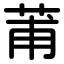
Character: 莆